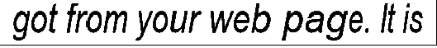
got from your web page. It is